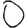
Digit: 0